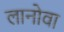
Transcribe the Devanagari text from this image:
लानोवा